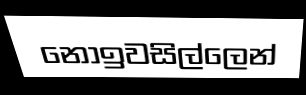
නොඉවසිල්ලෙන්